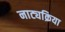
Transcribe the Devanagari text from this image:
नाट्यक्रिया